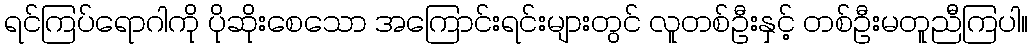
ရင်ကြပ်ရောဂါကို ပိုဆိုးစေသော အကြောင်းရင်းများတွင် လူတစ်ဦးနှင့် တစ်ဦးမတူညီကြပါ။